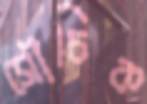
সৌচিক